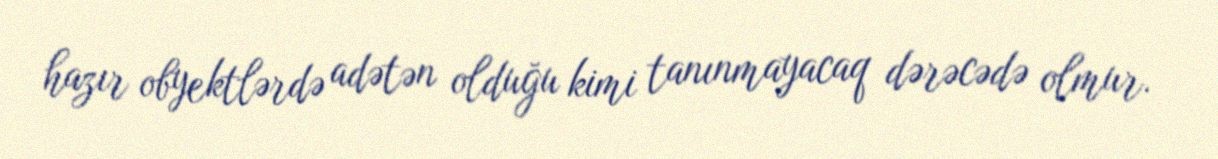
hazır obyektlərdə adətən olduğu kimi tanınmayacaq dərəcədə olmur.